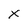
Character: x